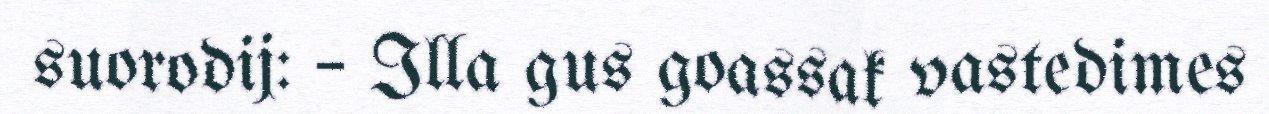
suorodij: – Illa gus goassak vastedimes